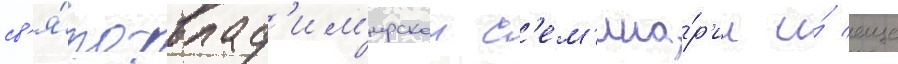
св'я́то-влад'им'ирскои с'ем'ина́р'ии и́ еще